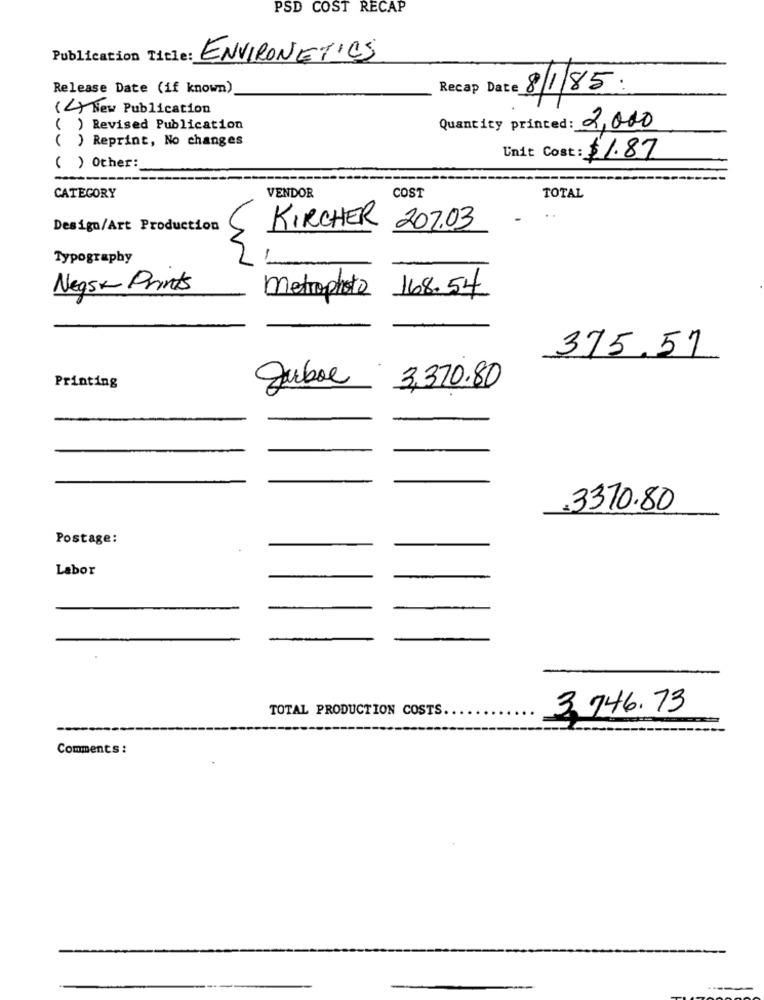
PSD COST RECAP
Publication T4 1
:ENVIRONETICS
Release Date (if known)
Recap Date 8/1/85:
( 4) New Publication
( ) Revised Publication
Quantity printed: 2,000
( ) Reprint, No changes
Unit Cost: $1.87
( ) Other:
CATEGORY
VENDOR
COST
TOTAL
Design/Art Production
KIRCHER 207.03
Typography
Negsk Prints
168.54
metrophoto
375.51
Printing
Juboe
3,370.80
.3370.80
Postage:
Labor
TOTAL PRODUCTION COSTS
3.746.73
Comments :